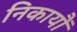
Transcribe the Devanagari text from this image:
निकायौं